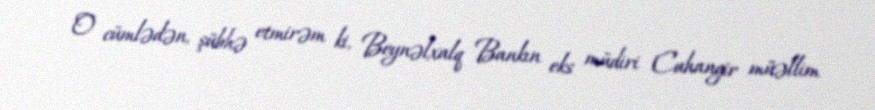
O cümlədən, şübhə etmirəm ki, Beynəlxalq Bankın eks müdiri Cahangir müəllim